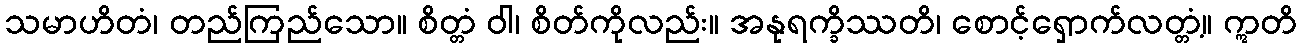
သမာဟိတံ၊ တည်ကြည်သော။ စိတ္တံ ဝါ၊ စိတ်ကိုလည်း။ အနုရက္ခိဿတိ၊ စောင့်ရှောက်လတ္တံ့။ ဣတိ